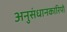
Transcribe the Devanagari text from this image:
अनुसंधानकारियों